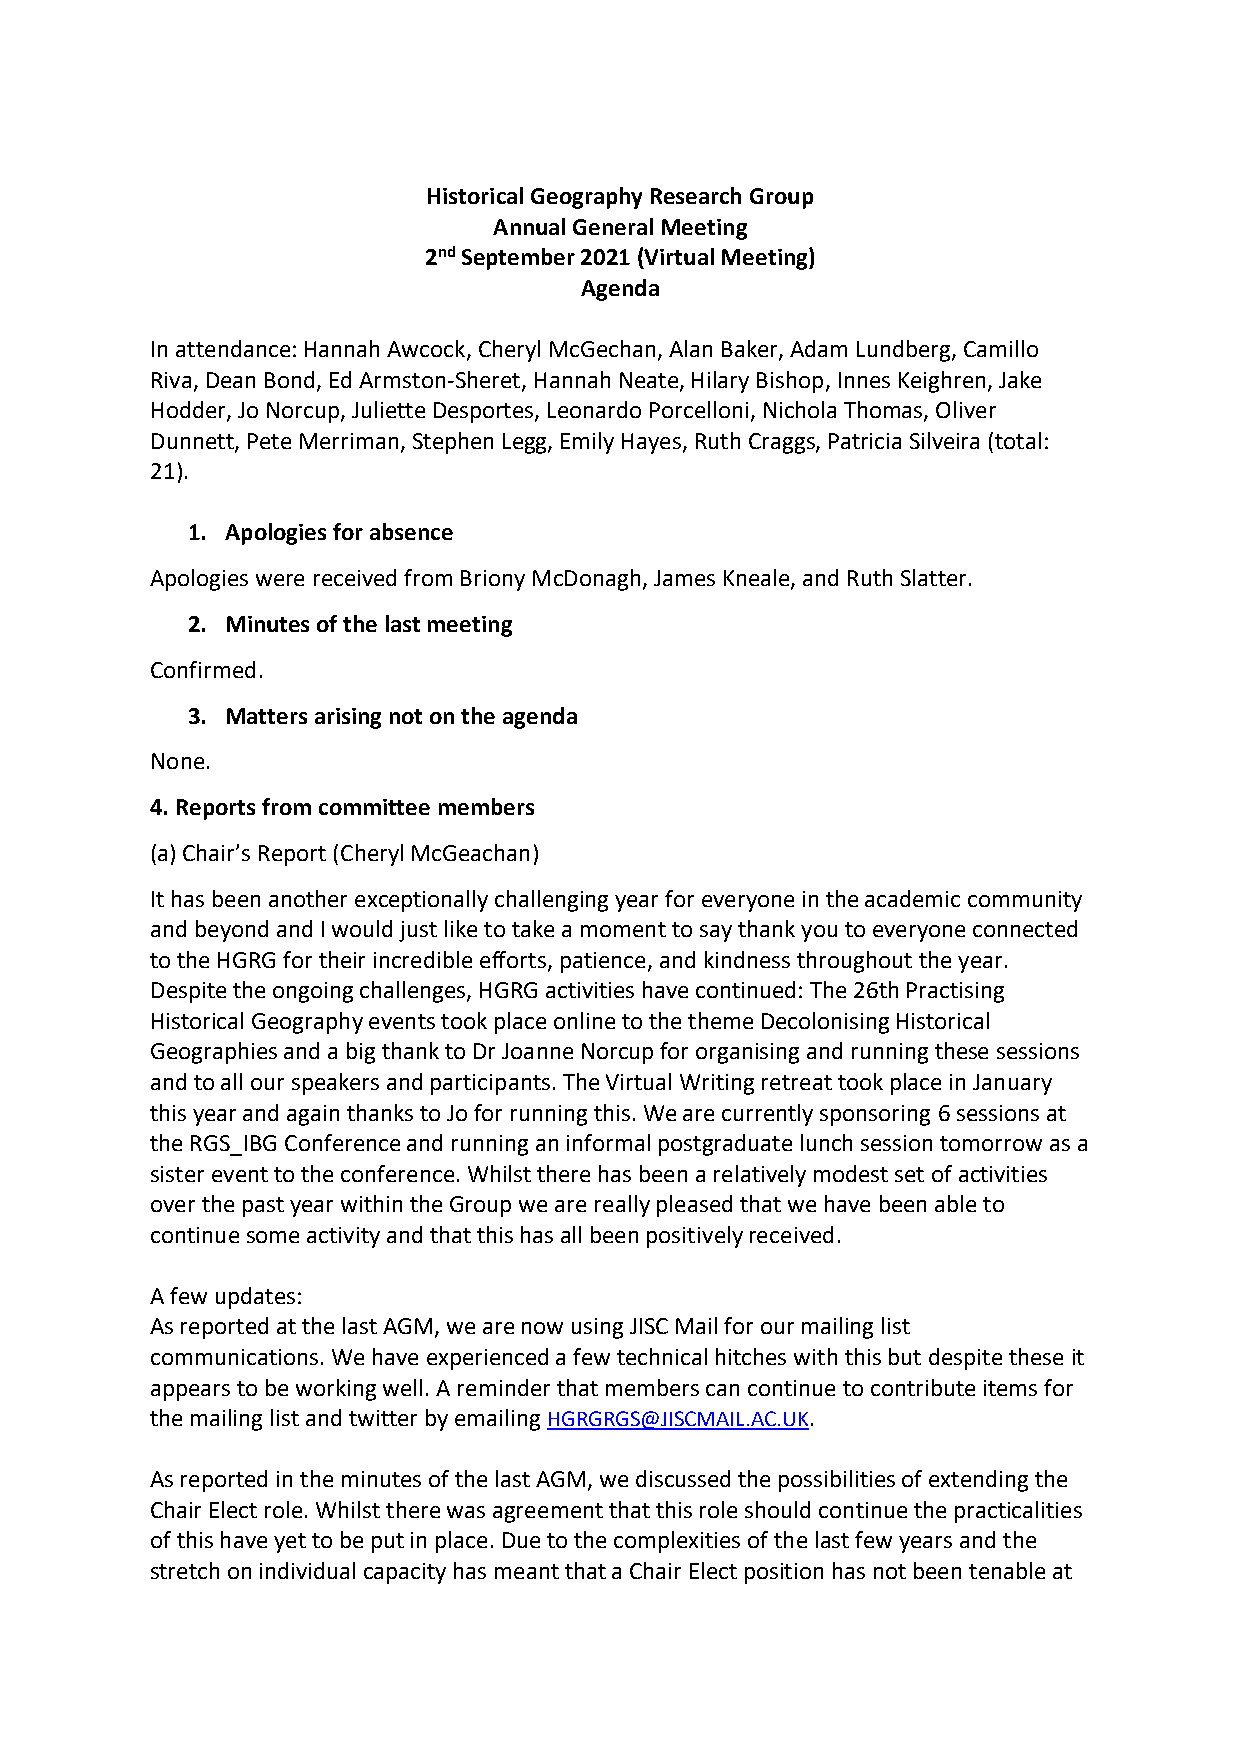
Historical Geography Research Group
 Annual General Meeting
 2nd September 2021 (Virtual Meeting)
 Agenda
 In attendance: Hannah Awcock, Cheryl McGechan, Alan Baker, Adam Lundberg, Camillo
 Riva, Dean Bond, Ed Armston-Sheret, Hannah Neate, Hilary Bishop, Innes Keighren, Jake
 Hodder, Jo Norcup, Juliette Desportes, Leonardo Porcelloni, Nichola Thomas, Oliver
 Dunnett, Pete Merriman, Stephen Legg, Emily Hayes, Ruth Craggs, Patricia Silveira (total:
 21).
 1. Apologies for absence
 Apologies were received from Briony McDonagh, James Kneale, and Ruth Slatter.
 2. Minutes of the last meeting
 Confirmed.
 3. Matters arising not on the agenda
 None.
 4. Reports from committee members
 (a) Chair’s Report (Cheryl McGeachan)
 It has been another exceptionally challenging year for everyone in the academic community
 and beyond and I would just like to take a moment to say thank you to everyone connected
 to the HGRG for their incredible efforts, patience, and kindness throughout the year.
 Despite the ongoing challenges, HGRG activities have continued: The 26th Practising
 Historical Geography events took place online to the theme Decolonising Historical
 Geographies and a big thank to Dr Joanne Norcup for organising and running these sessions
 and to all our speakers and participants. The Virtual Writing retreat took place in January
 this year and again thanks to Jo for running this. We are currently sponsoring 6 sessions at
 the RGS_IBG Conference and running an informal postgraduate lunch session tomorrow as a
 sister event to the conference. Whilst there has been a relatively modest set of activities
 over the past year within the Group we are really pleased that we have been able to
 continue some activity and that this has all been positively received.
 A few updates:
 As reported at the last AGM, we are now using JISC Mail for our mailing list
 communications. We have experienced a few technical hitches with this but despite these it
 appears to be working well. A reminder that members can continue to contribute items for
 the mailing list and twitter by emailing HGRGRGS@JISCMAIL.AC.UK.
 As reported in the minutes of the last AGM, we discussed the possibilities of extending the
 Chair Elect role. Whilst there was agreement that this role should continue the practicalities
 of this have yet to be put in place. Due to the complexities of the last few years and the
 stretch on individual capacity has meant that a Chair Elect position has not been tenable at